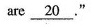
are \underline{20}."